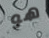
هو